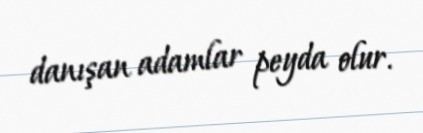
danışan adamlar peyda olur.